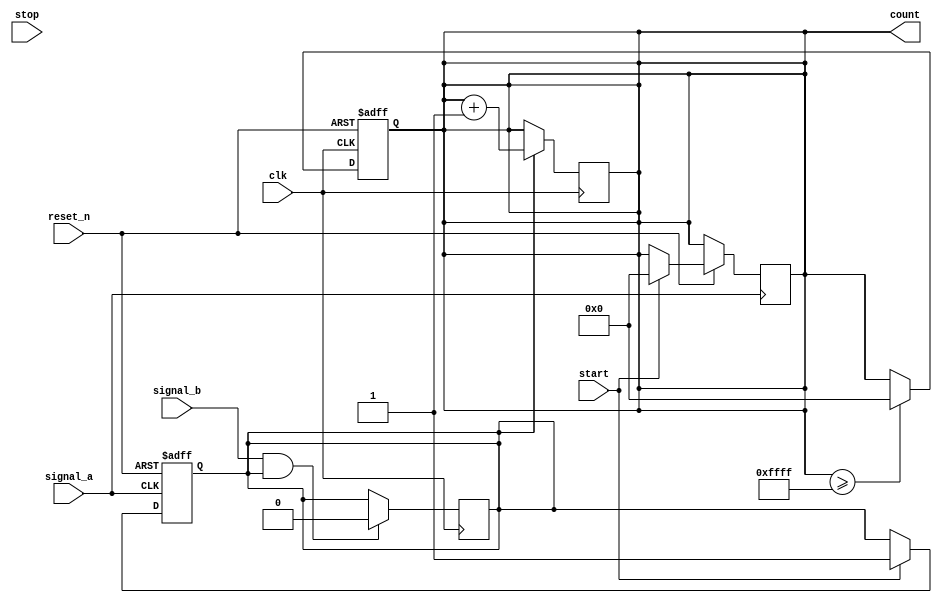
module TDC (
    input wire clk,           // System clock
    input wire reset_n,       // Active low reset
    input wire start,         // Start measurement signal
    input wire stop,          // Stop measurement signal
    input wire signal_a,      // First event input
    input wire signal_b,      // Second event input
    output reg [15:0] count   // Counter output (adjust width as needed)
);

    // Parameters
    parameter NUM_DELAY_STAGES = 16;  // Number of delay stages in the delay line
    reg [NUM_DELAY_STAGES-1:0] delay_line; // Delay line output
    reg [NUM_DELAY_STAGES-1:0] taps; // Taps for measurement
    reg measuring; // Status flag for measurement in progress

    // State on rising edge of signal_a
    always @(posedge signal_a or negedge reset_n) begin
        if (!reset_n) begin
            delay_line <= 0;
            measuring <= 0;
        end else begin
            // Start measurement on rising edge of signal_a
            if (start) begin
                measuring <= 1;
                count <= 0; // Reset count
            end
        end
    end

    // Delay line generation
    always @(posedge clk) begin
        if (measuring) begin
            // Shift delays through the line
            delay_line <= {signal_b, delay_line[NUM_DELAY_STAGES-1:1]};
            
            // Capture the tap closest to the edge of signal_b
            taps <= delay_line;
            count <= count + 1;
        end

        // Stop measurement on rising edge of signal_b
        if (signal_b && measuring) begin
            measuring <= 0; // Stop measuring
        end
    end

    // Overflow handling can be included here if necessary
    // Handle counter overflow
    always @(posedge clk or negedge reset_n) begin
        if (!reset_n) begin
            count <= 0;
        end else begin
            if (count >= (2**16 - 1)) begin // Assuming 16-bit counter
                count <= 0; // Reset on overflow
            end
        end
    end

endmodule